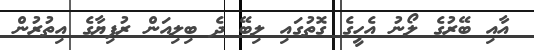
އާއި ބޭރުގެ ލޯނު އެހީގެ ގޮތުގައި ލިބޭ ދެ ބިލިއަން ރުފިޔާގެ އިތުރުން